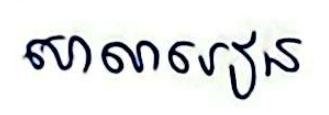
សាលារៀន